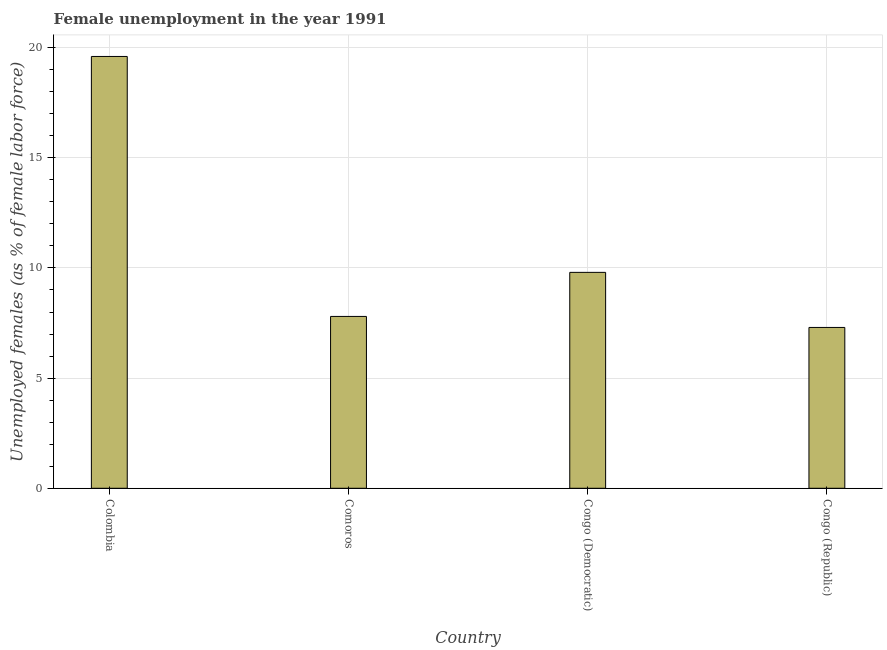
| Country | Unemployment |
 | --- | --- |
 | Colombia | 19.6 |
 | Comoros | 7.8 |
 | Congo (Democratic) | 9.8 |
 | Congo (Republic) | 7.3 |